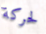
لحركة